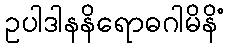
ဥပါဒါနနိရောဓဂါမိနိံ